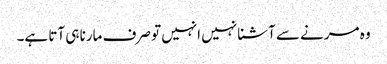
وہ مرنے سے آشنا نہیں انہیں تو صرف مارنا ہی آتا ہے۔